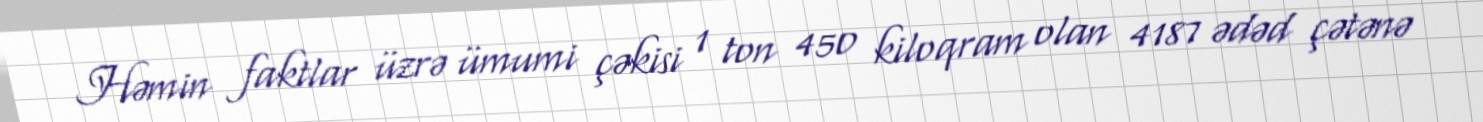
Həmin faktlar üzrə ümumi çəkisi 1 ton 450 kiloqram olan 4187 ədəd çətənə